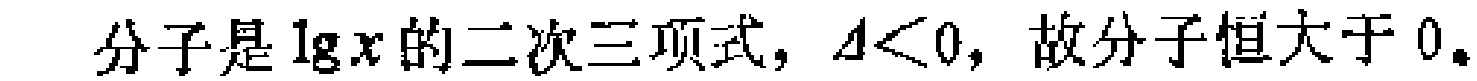
分子是\(\lg x\)的二次三项式，\(\Delta<0\)，故分子恒大于\(0\)。